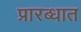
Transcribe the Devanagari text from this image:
प्रारब्धात